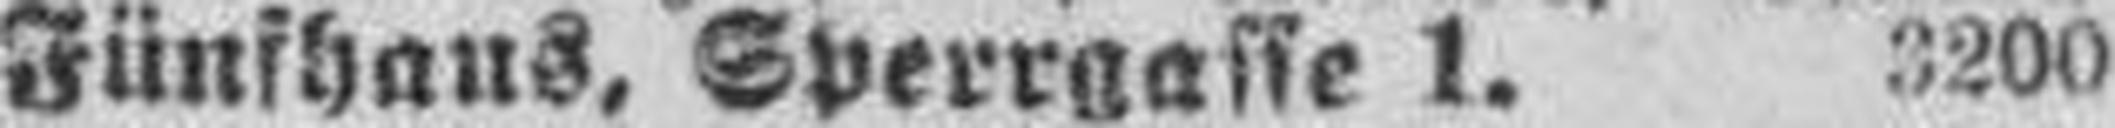
Fünfhaus, Sperrgasse 1. 3200